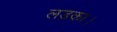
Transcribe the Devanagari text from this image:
लड़का।